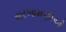
સરખામણીઓ